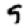
Digit: 9